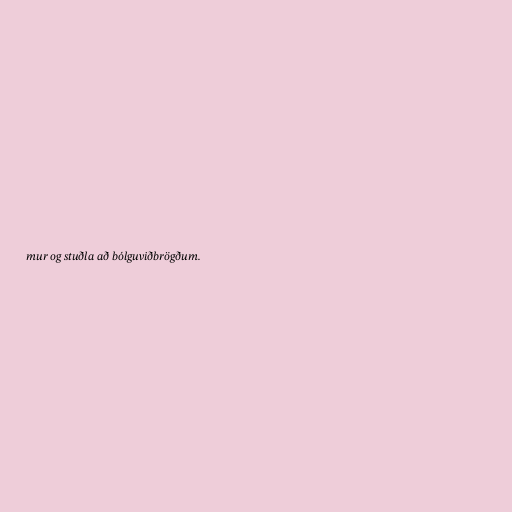
mur og stuðla að bólguviðbrögðum.